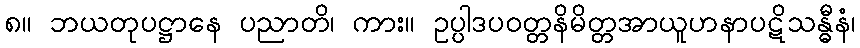
၈။ ဘယတုပဋ္ဌာနေ ပညာတိ၊ ကား။ ဥပ္ပါဒပဝတ္တနိမိတ္တအာယူဟနာပဋိသန္ဓီနံ၊